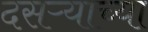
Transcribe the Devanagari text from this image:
दसऱ्‍याच्या